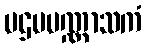
ပဌမပဏ္ဏာသကံ